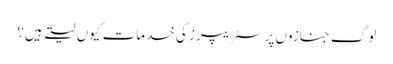
لوگ جنازوں پر سٹریپرز کی خدمات کیوں لیتے ہیں؟